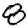
Digit: 8